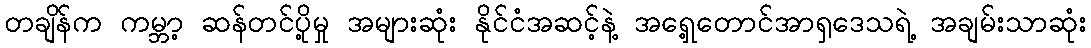
တချိန်က ကမ္ဘာ့ ဆန်တင်ပို့မှု အများဆုံး နိုင်ငံအဆင့်နဲ့ အရှေ့တောင်အာရှဒေသရဲ့ အချမ်းသာဆုံး